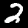
Digit: 2